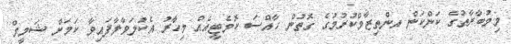
މިމުބާރާތުގެ ކަންކަން އންތިޒާމްކުރުމުގެ ގޮތުން ހާއްސަ ކޮމެޓީއެއް މިހާރު އެކުލަވާލާފައިވާ ކަމަށް ޝަމީމް